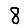
Digit: 8